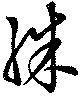
殊